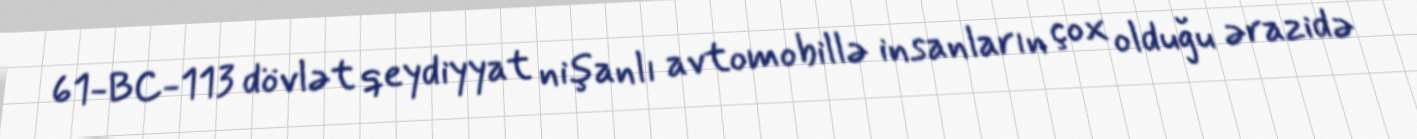
61-BC-113 dövlət qeydiyyat nişanlı avtomobillə insanların çox olduğu ərazidə